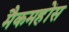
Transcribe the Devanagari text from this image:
मैकमहोंस